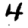
Digit: 4